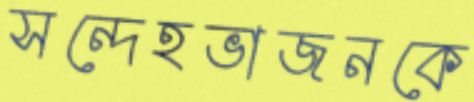
সন্দেহভাজনকে